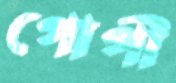
গোপী